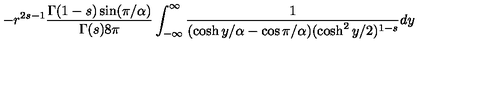
- r ^ { 2 s - 1 } { \frac { \Gamma ( 1 - s ) \sin ( \pi / \alpha ) } { \Gamma ( s ) 8 \pi } } \int _ { - \infty } ^ { \infty } { \frac { 1 } { ( \cosh y / \alpha - \cos \pi / \alpha ) ( \cosh ^ { 2 } y / 2 ) ^ { 1 - s } } } d y